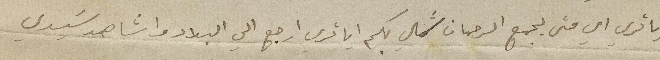
يا ترى امي متى يجمع الرحمان شملي بكم ايا ترى ارجع الى البلاد واشاهد سَيدي